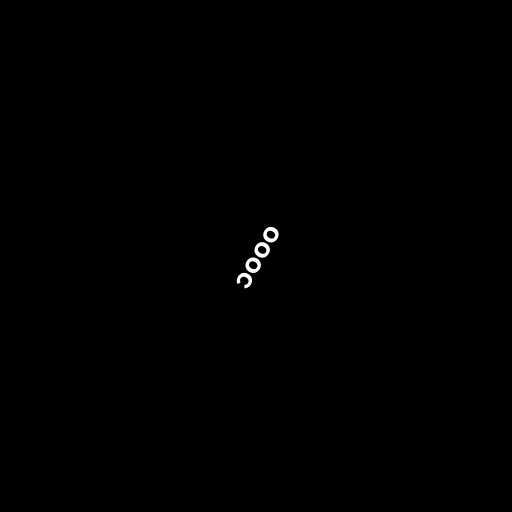
၁၀၀၀